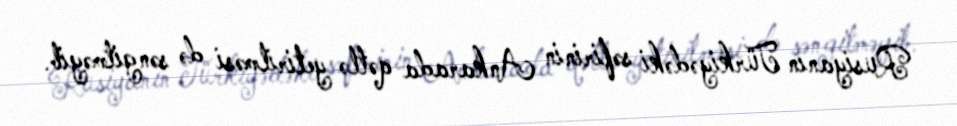
Rusiyanın Türkiyədəki səfirinin Ankarada qətlə yetirilməsi də səngitməyib.